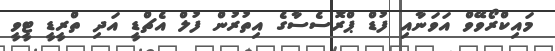
މައިކްރޯވޭވް އަވަނާއި ފުޑް ޕްރޮސެސާގެ އިތުރުން ފުލް އެޗްޑީ އަދި ތްރީޑީ ޓީވީ